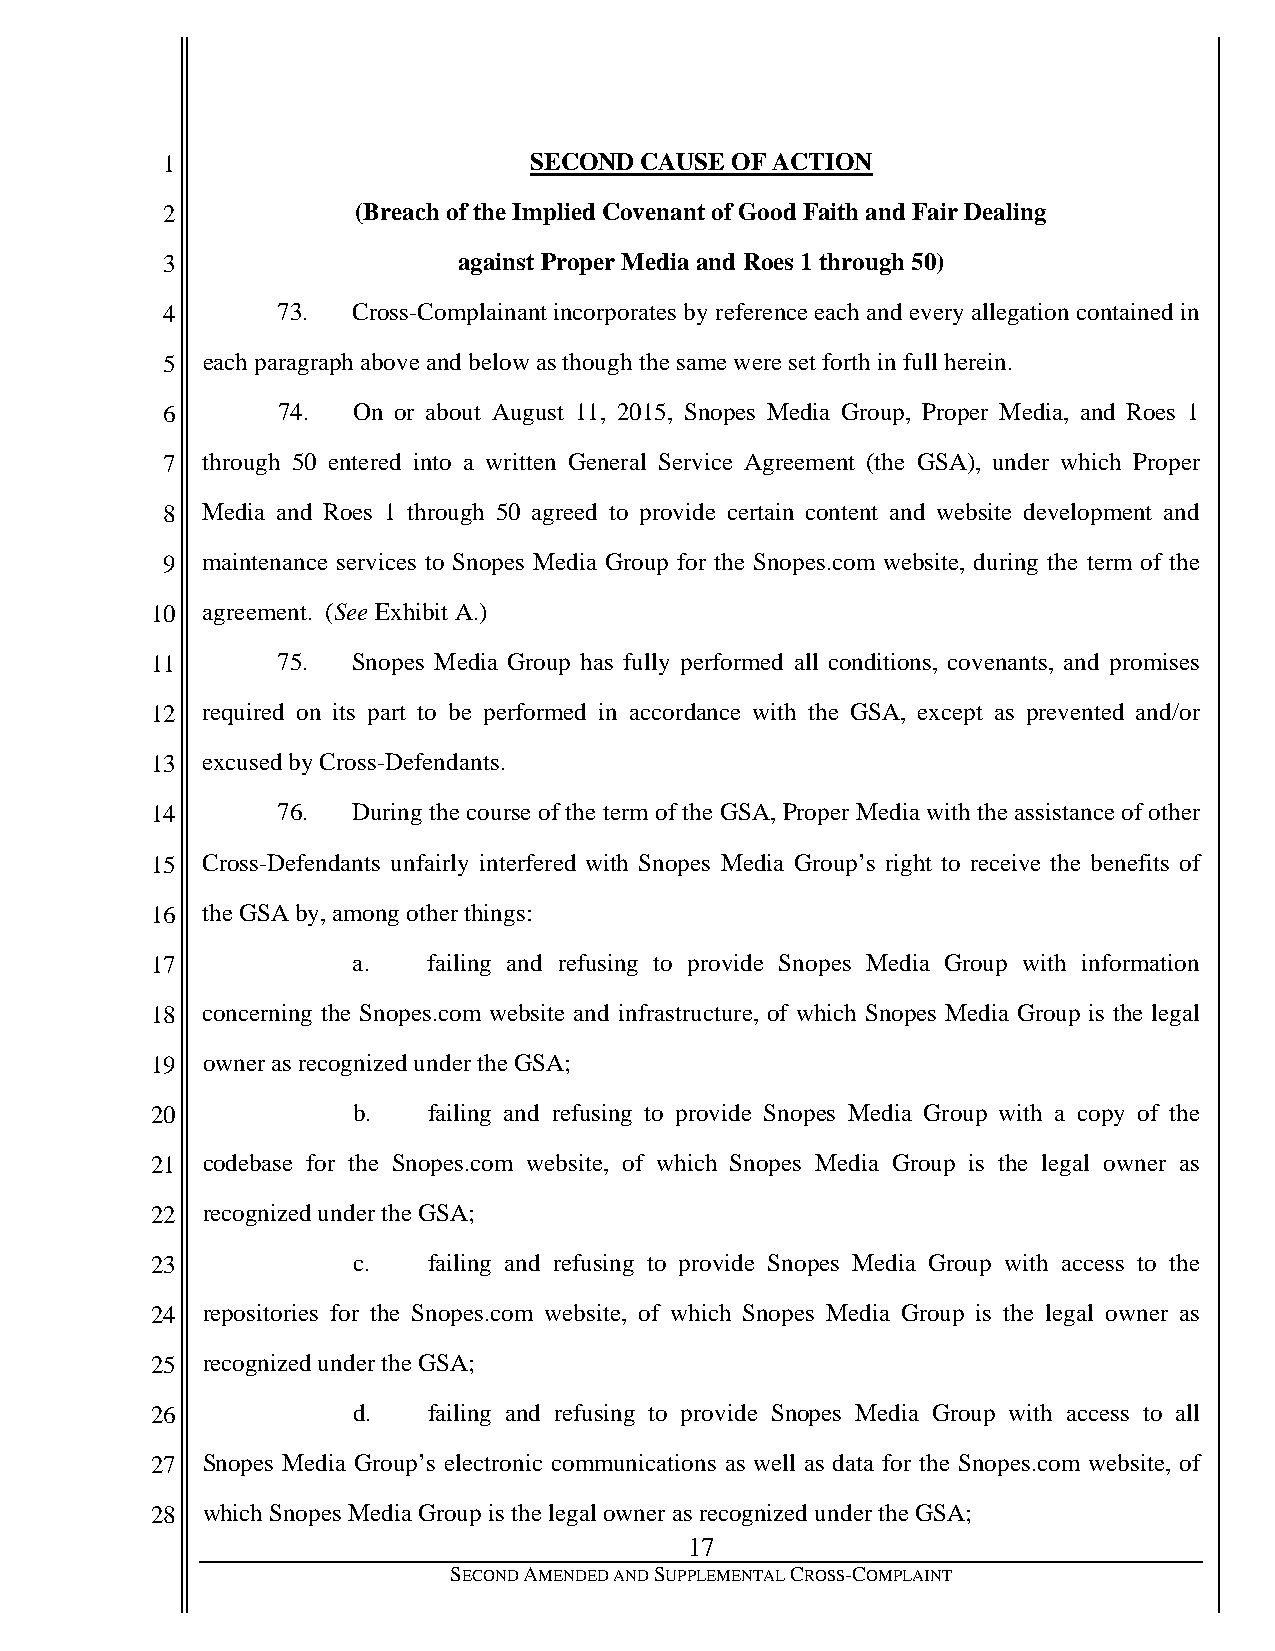
1                       SECOND CAUSE OF ACTION
 2            (Breach of the Implied Covenant of Good Faith and Fair Dealing
 3                  against Proper Media and Roes 1 through 50)
 4      73.  Cross-Complainant incorporates by reference each and every allegation contained in
 5 each paragraph above and below as though the same were set forth in full herein.
 6      74.  On or about August 11, 2015, Snopes Media Group, Proper Media, and Roes 1
 7 through 50 entered into a written General Service Agreement (the GSA), under which Proper
 8 Media and Roes 1 through 50 agreed to provide certain content and website development and
 9 maintenance services to Snopes Media Group for the Snopes.com website, during the term of the
 10 agreement. (See Exhibit A.)
 11      75.  Snopes Media Group has fully performed all conditions, covenants, and promises
 12 required on its part to be performed in accordance with the GSA, except as prevented and/or
 13 excused by Cross-Defendants.
 14      76.  During the course of the term of the GSA, Proper Media with the assistance of other
 15 Cross-Defendants unfairly interfered with Snopes Media Group’s right to receive the benefits of
 16 the GSA by, among other things:
 17           a.   failing and refusing to provide Snopes Media Group with information
 18 concerning the Snopes.com website and infrastructure, of which Snopes Media Group is the legal
 19 owner as recognized under the GSA;
 20           b.   failing and refusing to provide Snopes Media Group with a copy of the
 21 codebase for the Snopes.com website, of which Snopes Media Group is the legal owner as
 22 recognized under the GSA;
 23           c.   failing and refusing to provide Snopes Media Group with access to the
 24 repositories for the Snopes.com website, of which Snopes Media Group is the legal owner as
 25 recognized under the GSA;
 26           d.   failing and refusing to provide Snopes Media Group with access to all
 27 Snopes Media Group’s electronic communications as well as data for the Snopes.com website, of
 28 which Snopes Media Group is the legal owner as recognized under the GSA;
 17
 SECOND AMENDED AND SUPPLEMENTAL CROSS-COMPLAINT